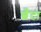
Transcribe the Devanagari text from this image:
छँटा